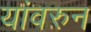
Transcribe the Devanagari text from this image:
यांवरुन